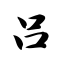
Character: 吕